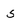
Character: 5